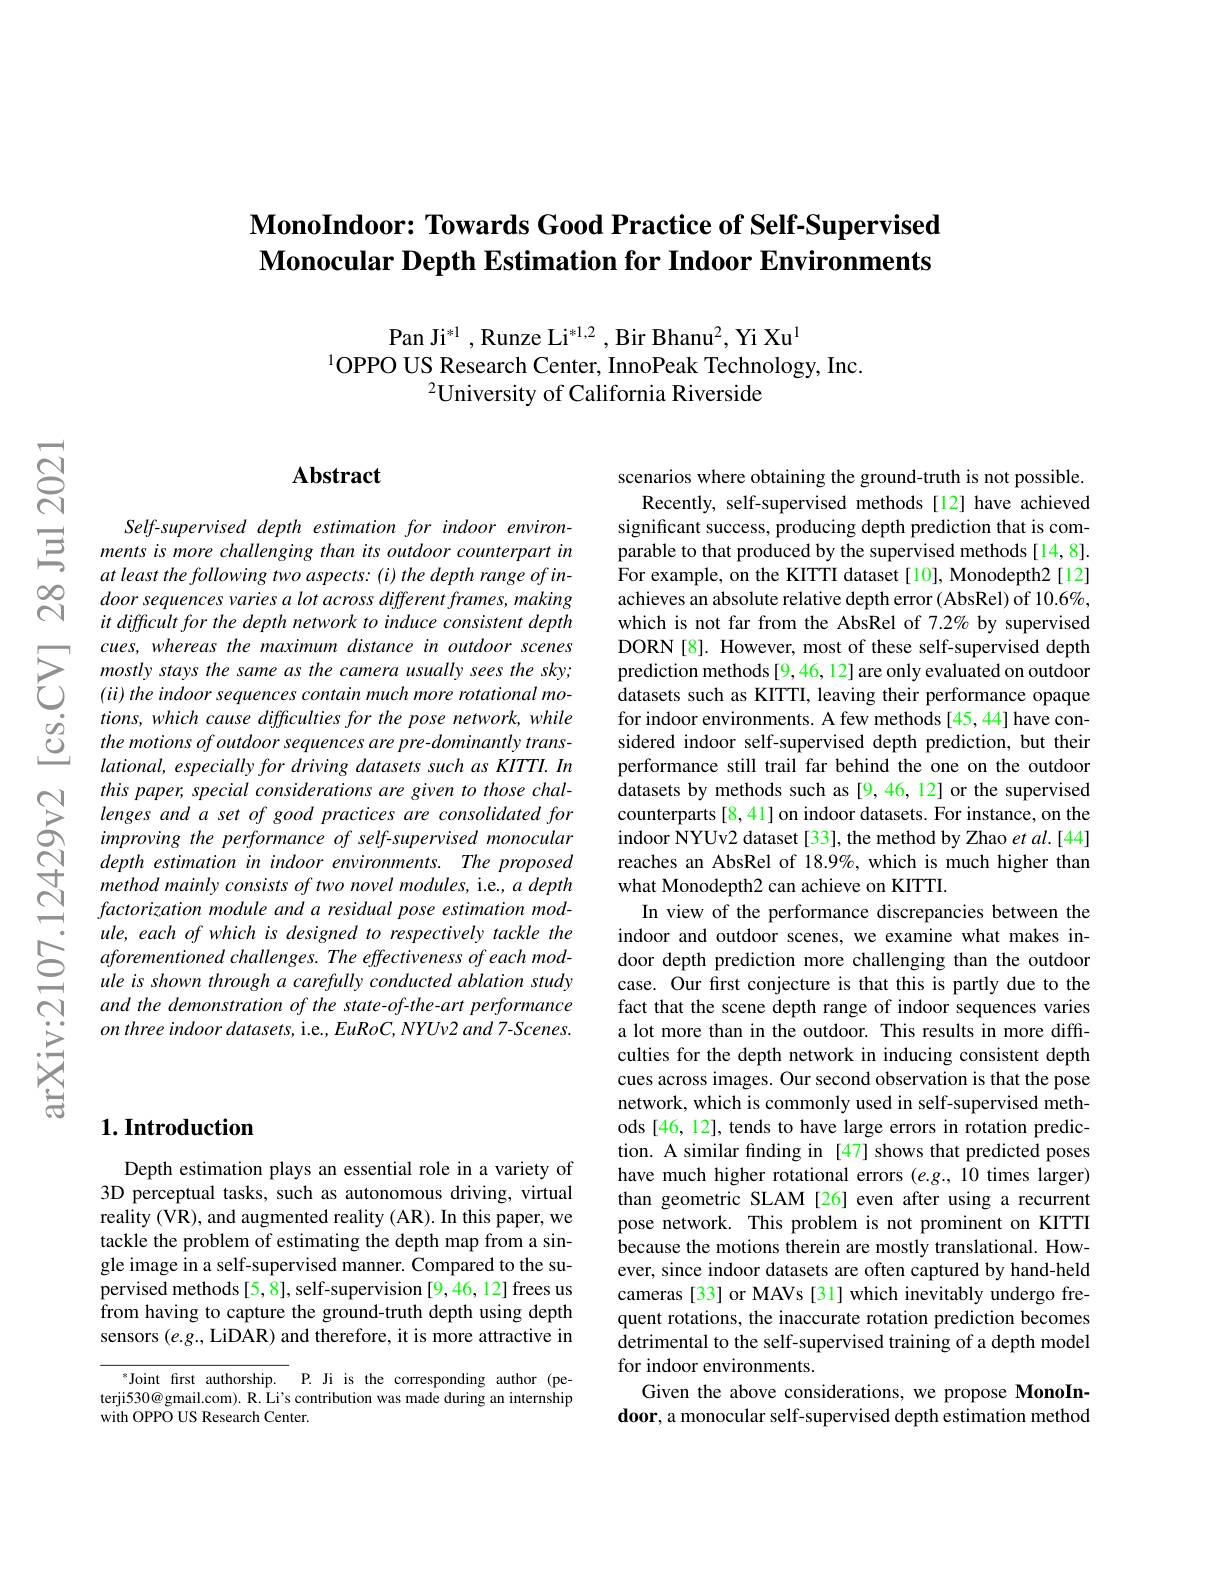
## $\textbf{MonoIndoor: Towards Good Practice of Self- Supervised}$ Monocular Depth Estimation for Indoor Environments

$\mathrm{Pan~Ji}^{*1},\mathrm{Runze~Li}^{*1,2},\mathrm{Bir~Bhanu}^{2},\mathrm{Yi~Xu}^{1}$
$^{1}$OPPO US Research Center, InnoPeak Technology, Inc.
$^{2}$University of California Riverside

$নুর$

## Abstract

Self-supervised depth estimation for indoor environ-
$\Xi$ mentsis more challenging than its outdoor counterpart $in$
at least the following two aspects: (i) the depth range of indoor sequences varies a lot across different frames, making it difficult for the depth network to induce consistent depth cues, whereas the maximum distance in outdoor scenes mostly stays the same as the camera usually sees the sky; $(ii)$ the indoor sequences contain much more rotational mo- $tions,which~cause~difficulties~for~the~pose~network,~while$ the motions of outdoor sequences are pre-dominantly translational, especially for driving datasets such as KITTI. In this paper, special considerations are given to those challenges and a set of good practices are consolidated for improving the performance of self-supervised monocular depth estimation in indoor environments. The proposed method mainly consists of two novel modules, i.e., a depth factorization module and a residual pose estimation module, each of which is designed to respectively tackle the aforementioned challenges. The effectiveness of each module is shown through a carefully conducted ablation study and the demonstration of the state-of-the-art performance $on$ three indoor datasets, i.e., EuRoC, NYUv2 and 7-Scenes.

scenarios where obtaining the ground-truth is not possible.
Recently, self-supervised methods[12] have achieved significant success, producing depth prediction that is comparable to that produced by the supervised methods[14,8]. For example, on the KITTI dataset [10], Monodepth2 [12] achieves an absolute relative depth error (AbsRel) of 10.6%, which is not far from the AbsRel of 7.2% by supervised DORN[8]. However, most of these self-supervised depth prediction methods[9,46,12] are only evaluated on outdoor datasets such as KITTI, leaving their performance opaque for indoor environments. A few methods[45,44] have considered indoor self-supervised depth prediction, but their performance still trail far behind the one on the outdoor datasets by methods such as [9,46,12] or the supervised counterparts[8,41] on indoor datasets. For instance, on the indoor NYUv2 dataset [33], the method by Zhao $etal.[44]$ reaches an AbsRel of 18.9%, which is much higher than what Monodepth2 can achieve on KITTI.
In view of the performance discrepancies between the indoor and outdoor scenes, we examine what makes indoor depth prediction more challenging than the outdoor case. Our first conjecture is that this is partly due to the fact that the scene depth range of indoor sequences varies a lot more than in the outdoor. This results in more difficulties for the depth network in inducing consistent depth cues across images. Our second observation is that the pose network, which is commonly used in self-supervised methods [46, 12], tends to have large errors in rotation prediction. A similar fnding in [47] shows that predicted poses have much higher rotational errors $(e.g.,10$ times larger) than geometric SLAM [26] even after using a recurrent pose network. This problem is not prominent on KITTI because the motions therein are mostly translational. However, since indoor datasets are often captured by hand-held cameras [33] or MAVs [31] which inevitably undergo frequent rotations, the inaccurate rotation prediction becomes detrimental to the self-supervised training of a depth model for indoor environments.
Given the above considerations, we propose MonoIn- $\textbf{door, a monocular self- supervised depth estimation method}$

# $1. \textbf{Introduction}$

Depth estimation plays an essential role in a variety of 3D perceptual tasks, such as autonomous driving, virtual reality (VR), and augmented reality (AR). In this paper, we tackle the problem of estimating the depth map from a single image in a self-supervised manner. Compared to the supervised methods[5,8], self-supervision[9,46,12] frees us from having to capture the ground-truth depth using depth sensors $(e.g.$,LiDAR) and therefore, it is more attractive in

$^{*}$Joint first authorship. P. Ji is the corresponding author (peterji530@gmail.com). R. Li's contribution was made during an internship with OPPO US Research Center.